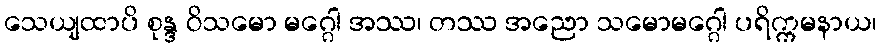
သေယျထာပိ စုန္ဒ ဝိသမော မဂ္ဂေါ အဿ၊ တဿ အညော သမောမဂ္ဂေါ ပရိက္ကမနာယ၊